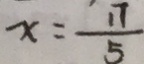
x = \frac { 1 7 } { 5 }